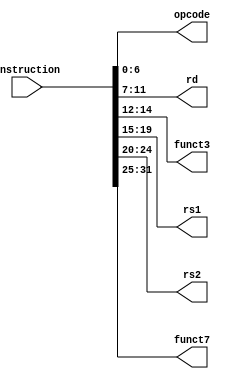
`timescale 1ns / 1ps
//////////////////////////////////////////////////////////////////////////////////
// Company: 
// Engineer: 
// 
// Design Name: 
// Module Name: instruction_parser
// Project Name: 
// Target Devices: 
// Tool Versions: 
// Description: 
// 
// Dependencies: 
// 
// Revision:
// Revision 0.01 - File Created
// Additional Comments:
// 
//////////////////////////////////////////////////////////////////////////////////


module instruction_parser(input [31:0] instruction, output [6:0] opcode, output [4:0] rd, output [2:0] funct3, output [4:0] rs1, output [4:0] rs2, output [6:0] funct7);
    assign funct7 = instruction [31:25];
    assign rs2 = instruction [24:20];
    assign rs1 = instruction [19:15];
    assign funct3 = instruction [14:12];
    assign rd = instruction [11:7];
    assign opcode = instruction [6:0];
endmodule